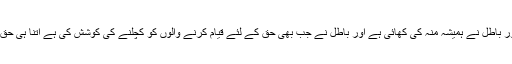
یہ بھی سچ ہے کہ حق ہمیشہ سربلند رہا ہے اور باطل نے ہمیشہ منہ کی کھائی ہے اور باطل نے جب بھی حق کے لئے قیام کرنے والوں کو کچلنے کی کوشش کی ہے اتنا ہی حق اپنی آب و تاب کے ساتھ منظر عام پر آیا ہے۔